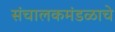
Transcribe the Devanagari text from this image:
संचालकमंडळाचे